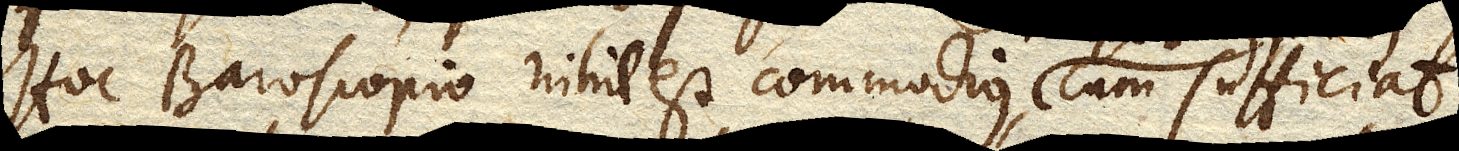
Hoc Baroscopio nihil est commodius, cum sufficiat